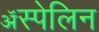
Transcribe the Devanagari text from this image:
ॲस्पेलिन